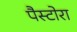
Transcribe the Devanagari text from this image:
पैस्टोरा